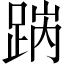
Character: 𨁧